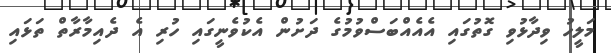
މަލީހު ވިދާޅުވިި ގޮތުގައި އެއެއްބަސްވުމުގެ ދަށުން އެކުވެނީގައި ހުރި އެ ދެއިމާރާތް ތަޅައި